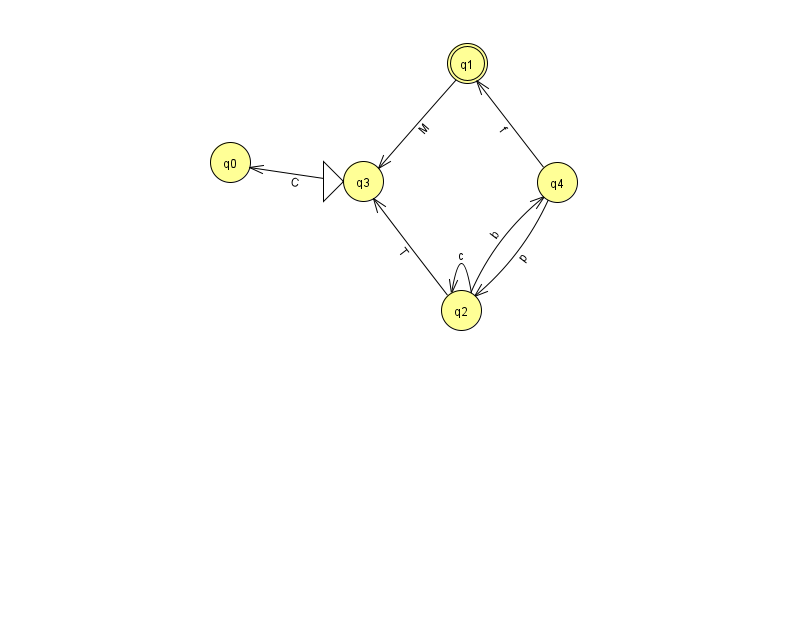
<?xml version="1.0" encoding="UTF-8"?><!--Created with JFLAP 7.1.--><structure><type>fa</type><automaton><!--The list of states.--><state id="0" name="q0"><x>230.0</x><y>149.0</y></state><state id="1" name="q1"><x>467.0</x><y>50.0</y><final/></state><state id="2" name="q2"><x>461.0</x><y>297.0</y></state><state id="3" name="q3"><x>363.0</x><y>168.0</y><initial/></state><state id="4" name="q4"><x>557.0</x><y>169.0</y></state><!--The list of transitions.--><transition><from>2</from><to>2</to><read>c</read></transition><transition><from>4</from><to>2</to><read>p</read></transition><transition><from>2</from><to>4</to><read>b</read></transition><transition><from>3</from><to>0</to><read>C</read></transition><transition><from>1</from><to>3</to><read>M</read></transition><transition><from>4</from><to>1</to><read>f</read></transition><transition><from>2</from><to>3</to><read>T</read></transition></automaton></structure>